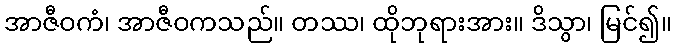
အာဇီဝကံ၊ အာဇီဝကသည်။ တဿ၊ ထိုဘုရားအား။ ဒိသွာ၊ မြင်၍။